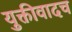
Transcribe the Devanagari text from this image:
युक्तीवादच